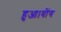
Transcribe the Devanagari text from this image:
हुआ।वोंग